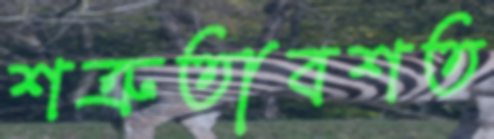
শত্রুতাবশত